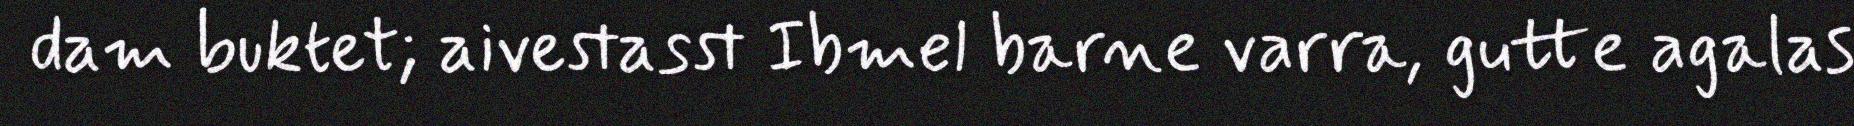
dam buktet; aivestasst Ibmel barne varra, gutte agalas